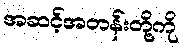
အဆင့်အတန်းတို့ကို